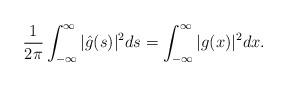
LaTeX: \begin{align*}\frac{1}{2\pi}\int_{-\infty}^{\infty}|\hat{g}(s)|^2ds=\int_{-\infty}^{\infty}|g(x)|^2dx.\end{align*}